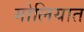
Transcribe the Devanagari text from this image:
गोलियात